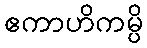
ဧကာဟိကမ္ပိ